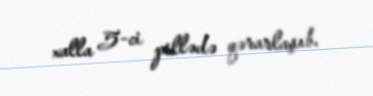
xalla 5-ci pillədə qərarlaşıb.